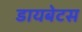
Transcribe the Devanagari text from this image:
डायबेटस